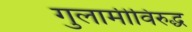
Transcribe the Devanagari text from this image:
गुलामीविरुद्ध